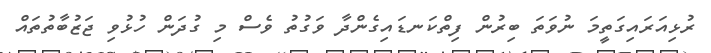
ރުޅިއަރައިގަތީމަ ނުވަތަ ބިރުން ފިތްކަނޑައިގެންދާ ވަގުތު ވެސް މި ގުދަން ހުޅުވި ޖަޒުބާތުތައް